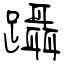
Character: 躡